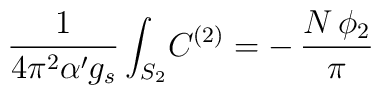
\frac{1}{4\pi^2\alpha'g_s}\int_{S_2} \!C^{(2)}=-\,\frac{N\,\phi_2}{\pi}